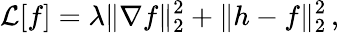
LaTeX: \mathcal{L}[f]=\lambda\| \nabla f\| _{2}^{2}+\| h-f\| _{2}^{2}\, ,